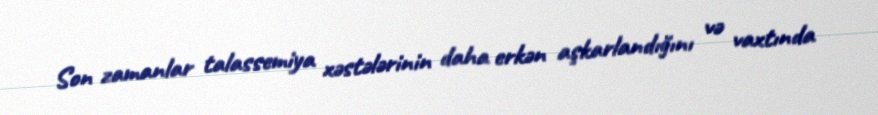
Son zamanlar talassemiya xəstələrinin daha erkən aşkarlandığını və vaxtında